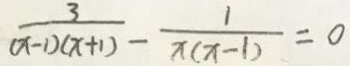
\frac { 3 } { ( x - 1 ) ( x + 1 ) } - \frac { 1 } { x ( x - 1 ) } = 0